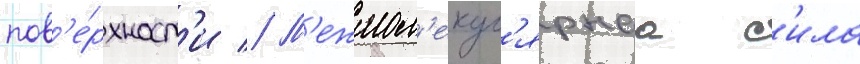
пов'е́рхност'и // М'ежмол'екул'ярнаа с'ила